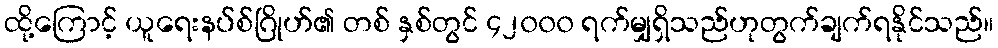
ထို့ကြောင့် ယူရေးနပ်စ်ဂြိုဟ်၏ တစ် နှစ်တွင် ၄၂၀၀၀ ရက်မျှရှိသည်ဟုတွက်ချက်ရနိုင်သည်။